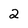
Character: 2